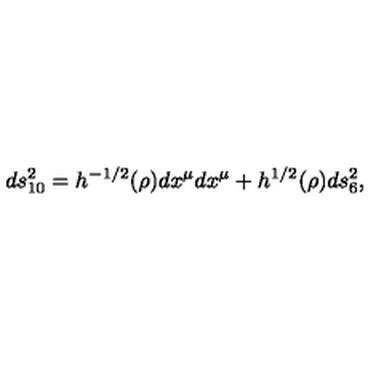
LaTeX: d s _ { 1 0 } ^ { 2 } = h ^ { - 1 / 2 } ( \rho ) d x ^ { \mu } d x ^ { \mu } + h ^ { 1 / 2 } ( \rho ) d s _ { 6 } ^ { 2 } ,